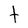
Character: t